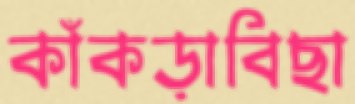
কাঁকড়াবিছা